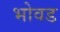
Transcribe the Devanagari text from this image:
भोवड